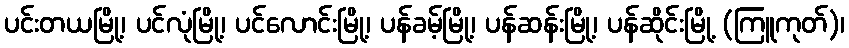
ပင်းတယမြို့၊ ပင်လုံမြို့၊ ပင်လောင်းမြို့၊ ပန်ခမ့်မြို့၊ ပန်ဆန်းမြို့၊ ပန်ဆိုင်းမြို့ (ကြူကုတ်)၊